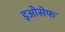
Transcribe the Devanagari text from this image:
इओसेफ